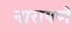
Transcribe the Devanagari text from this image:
नारायणे